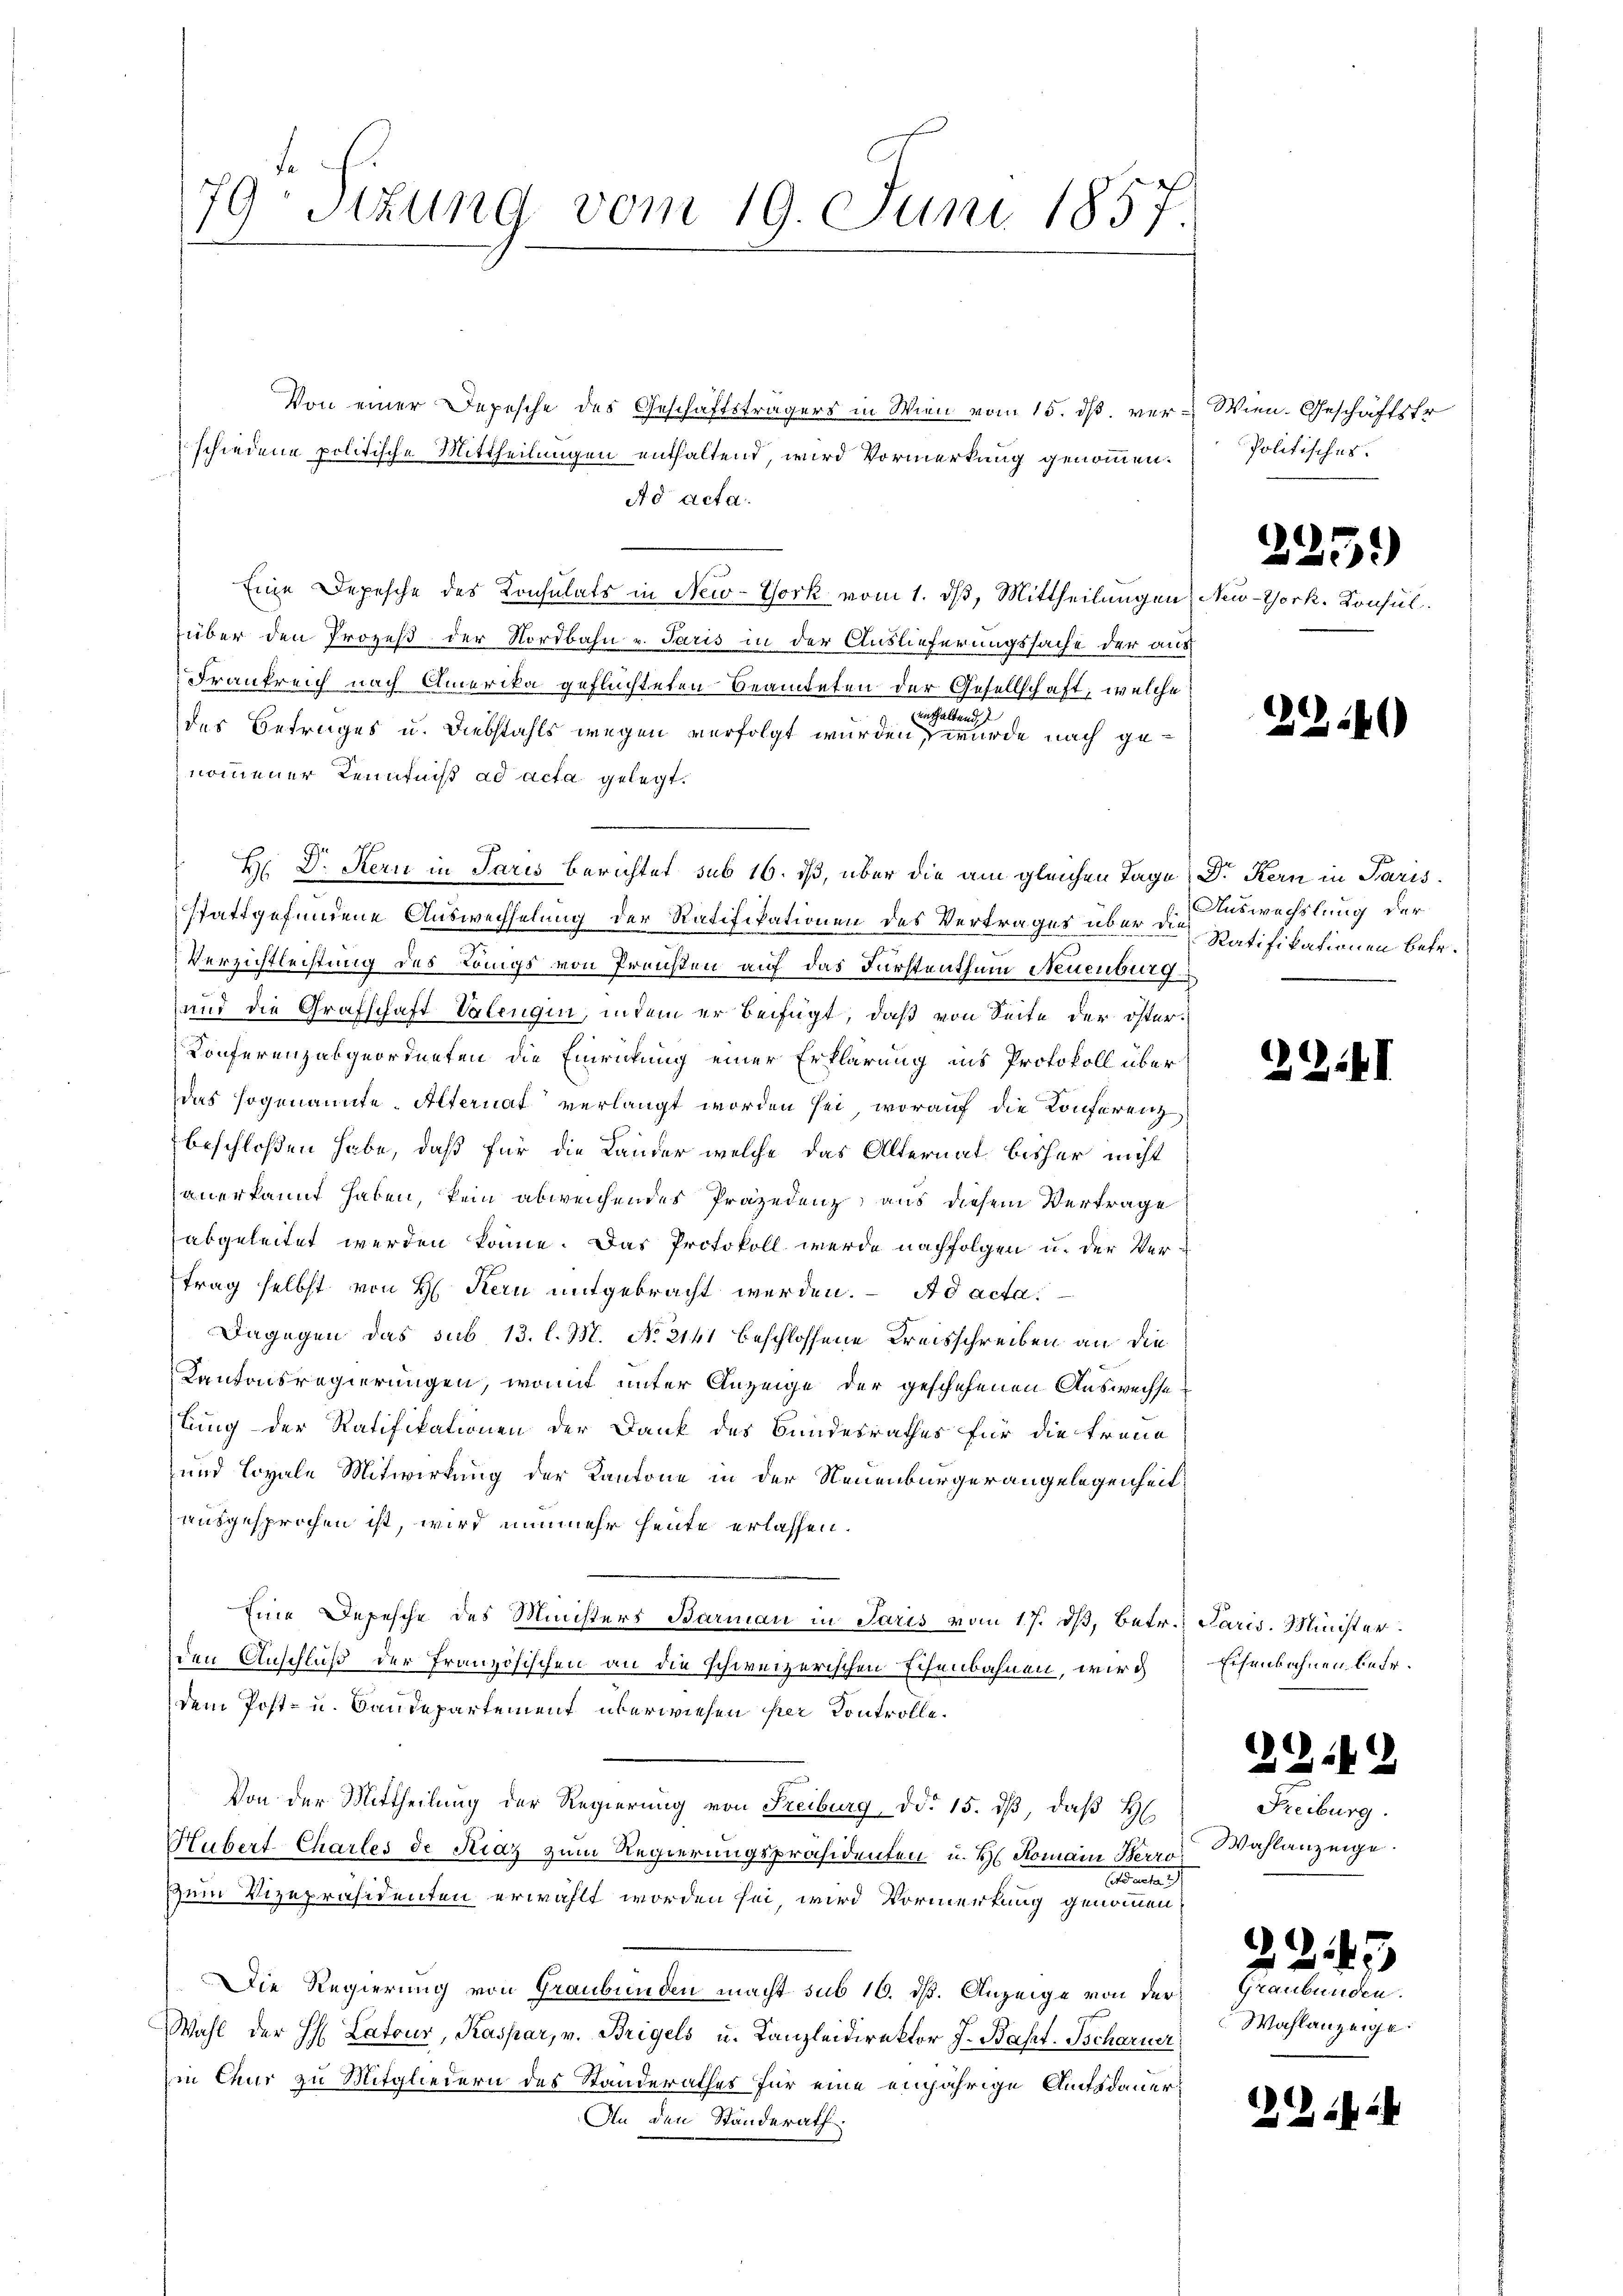
79 Sitzung vom 19. Juni 1857.
1

Von einer Depesche des Geschäftsträgers in Wien vom 15. dß. verschiedene politische Mittheilungen enthaltend, wird Vormerkung genommen.
Ad acta.
Eine Depesche des Konsulats in New-York vom 1. dß, Mittheilungen
über den Prozeß der Nordbahn v. Paris in der Auslieferungssache der aus
Frankreich nach Amerika geflüchteten Beamteten der Gesellschaft, welche
inthaltend
des Betrages u. Diebstahls wegen verfolgt wurden, wurde nach genommener Kenntniß ad acta gelegt.
H. D. Kern in Paris Berichtet sub 16. ß, über die am gleichen Tage
stattgefundene Auswechselung der Ratifikationen des Vertrages über die Auswechslung der
Verzichtleistung des Königs von Preisten auf das Fürstenthum Neuenburg
und die Grafschaft Valengin, indem er beifügt, daß von Seite der öster-
Konferenzabgeordneten die Einrickung einer Erklärung ins Protokoll über
das sogenannte. Alternat verlangt worden sei, worauf die Konferenz
beschloßen habe, daß für die Länder welche das Alternat bisher nicht
anerkannt haben, kein abweichendes Präzedenz, aus diesem Vertrage
abgeleitet werden könne. Das Protokoll werde nachfolgen u. der Ver-
trag selbst von H. Kern mitgebracht werden. - Ad acta
Dagegen das sub 13. l. M. No 2141 beschlossene Kreisschreiben an die
Kantonsregierungen, womit unter Anzeige der geschehenen Auswechsetung der Ratifikationen der Dank des Bundesrathes für die treue
und loyale Mitwirkung der Kantone in der Neuenburgerangelegenheit:
ausgesprochen ist, wird nunmehr heute erlassen.
Eine Depesche des Ministers Barman in Paris vom 17. dβ, betr. Paris. Minister
den Anschluß der Französischen an die schweizerischen Echenbahnen, wird
dem Post- u. Baudepartement überwiesen per Kontrolle¬
Von der Mittheilung der Regierung von Freiburg ddo 15. dβ, daß H
Hubert-Charles de Piaz zum Regierungspräsidenten u. H. Romain Berro
Ernte
zum Vizepräsidenten erwählt worden sei, wird Vormerkung genommen,
Die Regierung von Graubünden macht sub 16. dß. Anzeige von der
Wahl der H: Latour, Kaspar, v. Brigels u. Kanzleidirektor J. Bapt. Tscharner
in Chur zu Mitgliedern des Standerathes für eine einjährige Amtsdauer
An den Standerath

Wien. Geschäftsfr.
Politisches.

New-York, Konsul

2.40

2219

225)

Dr Kern in Paris.
Ratifikationen betr.

22.

Eisenbahnen betr.

Freiburg.
Wahlanzeige.

2247
Graubünden.
Wahlanzeige.

1224